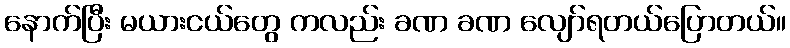
နောက်ပြီး မယားငယ်တွေ ကလည်း ခဏ ခဏ လျော်ရတယ်ပြောတယ်။